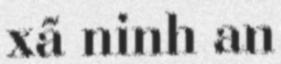
xã ninh an